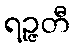
ရဉ္ဇတီ